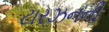
ટારઝનની